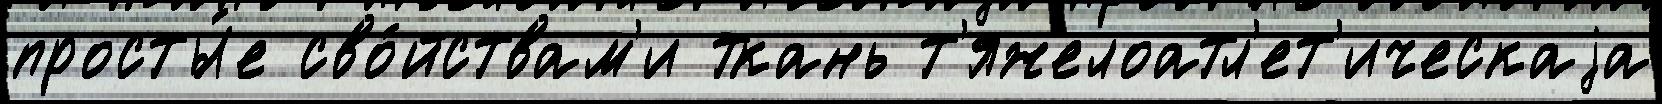
просты́е сво́йствам'и ткань т'яжелоатл'ет'ическаjа